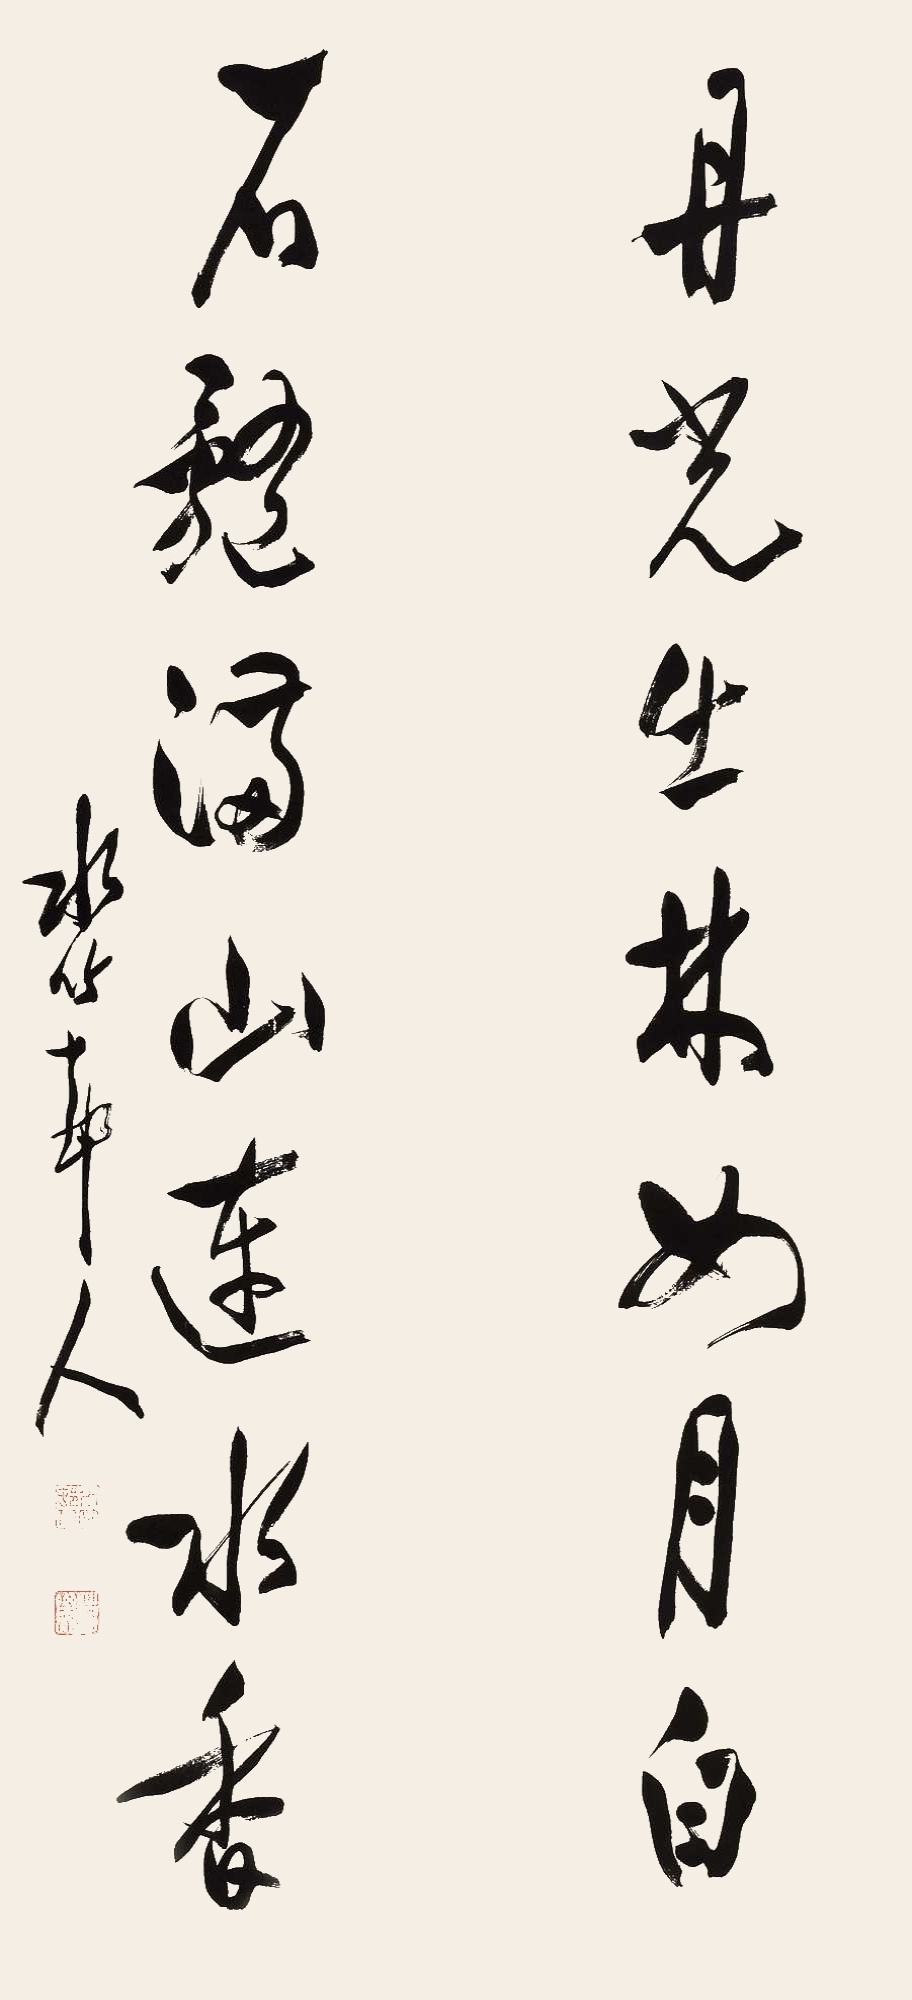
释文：丹光出林如月白，石髓满山连水香。水竹村人。